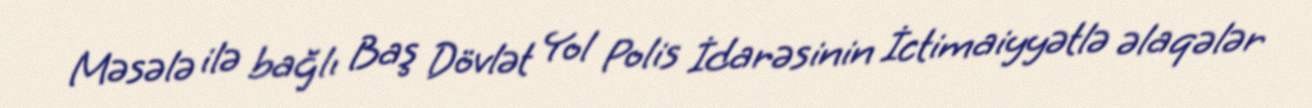
Məsələ ilə bağlı Baş Dövlət Yol Polis İdarəsinin İctimaiyyətlə əlaqələr